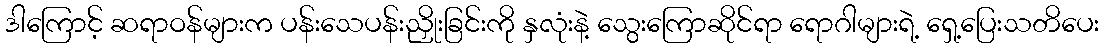
ဒါကြောင့် ဆရာဝန်များက ပန်းသေပန်းညှိုးခြင်းကို နှလုံးနဲ့ သွေးကြောဆိုင်ရာ ရောဂါများရဲ့ ရှေ့ပြေးသတိပေး